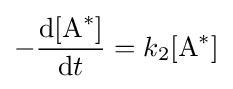
-{\frac {\mathrm {d} [{\ce {A}}^{*}]}{\mathrm {d} t}}=k_{2}[{\ce {A}}^{*}]